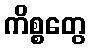
ကိစ္စတွေ